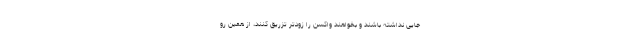
جایی نداشته باشند و بخواهند واکسن را زودتر تزریق کنند، از همین رو